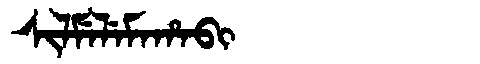
Manchu: ᠰᡳᠯᠮᡝᠯᡝᠮᠠᡥᠠᠪᡳ
Romanization: SILMELEMAHABI